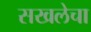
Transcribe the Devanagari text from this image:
सखलेचा